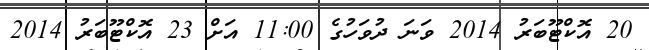
20 އޮކްޓޫބަރު 2014 ވަނަ ދުވަހުގެ 11:00 އަށް 23 އޮކްޓޫބަރު 2014